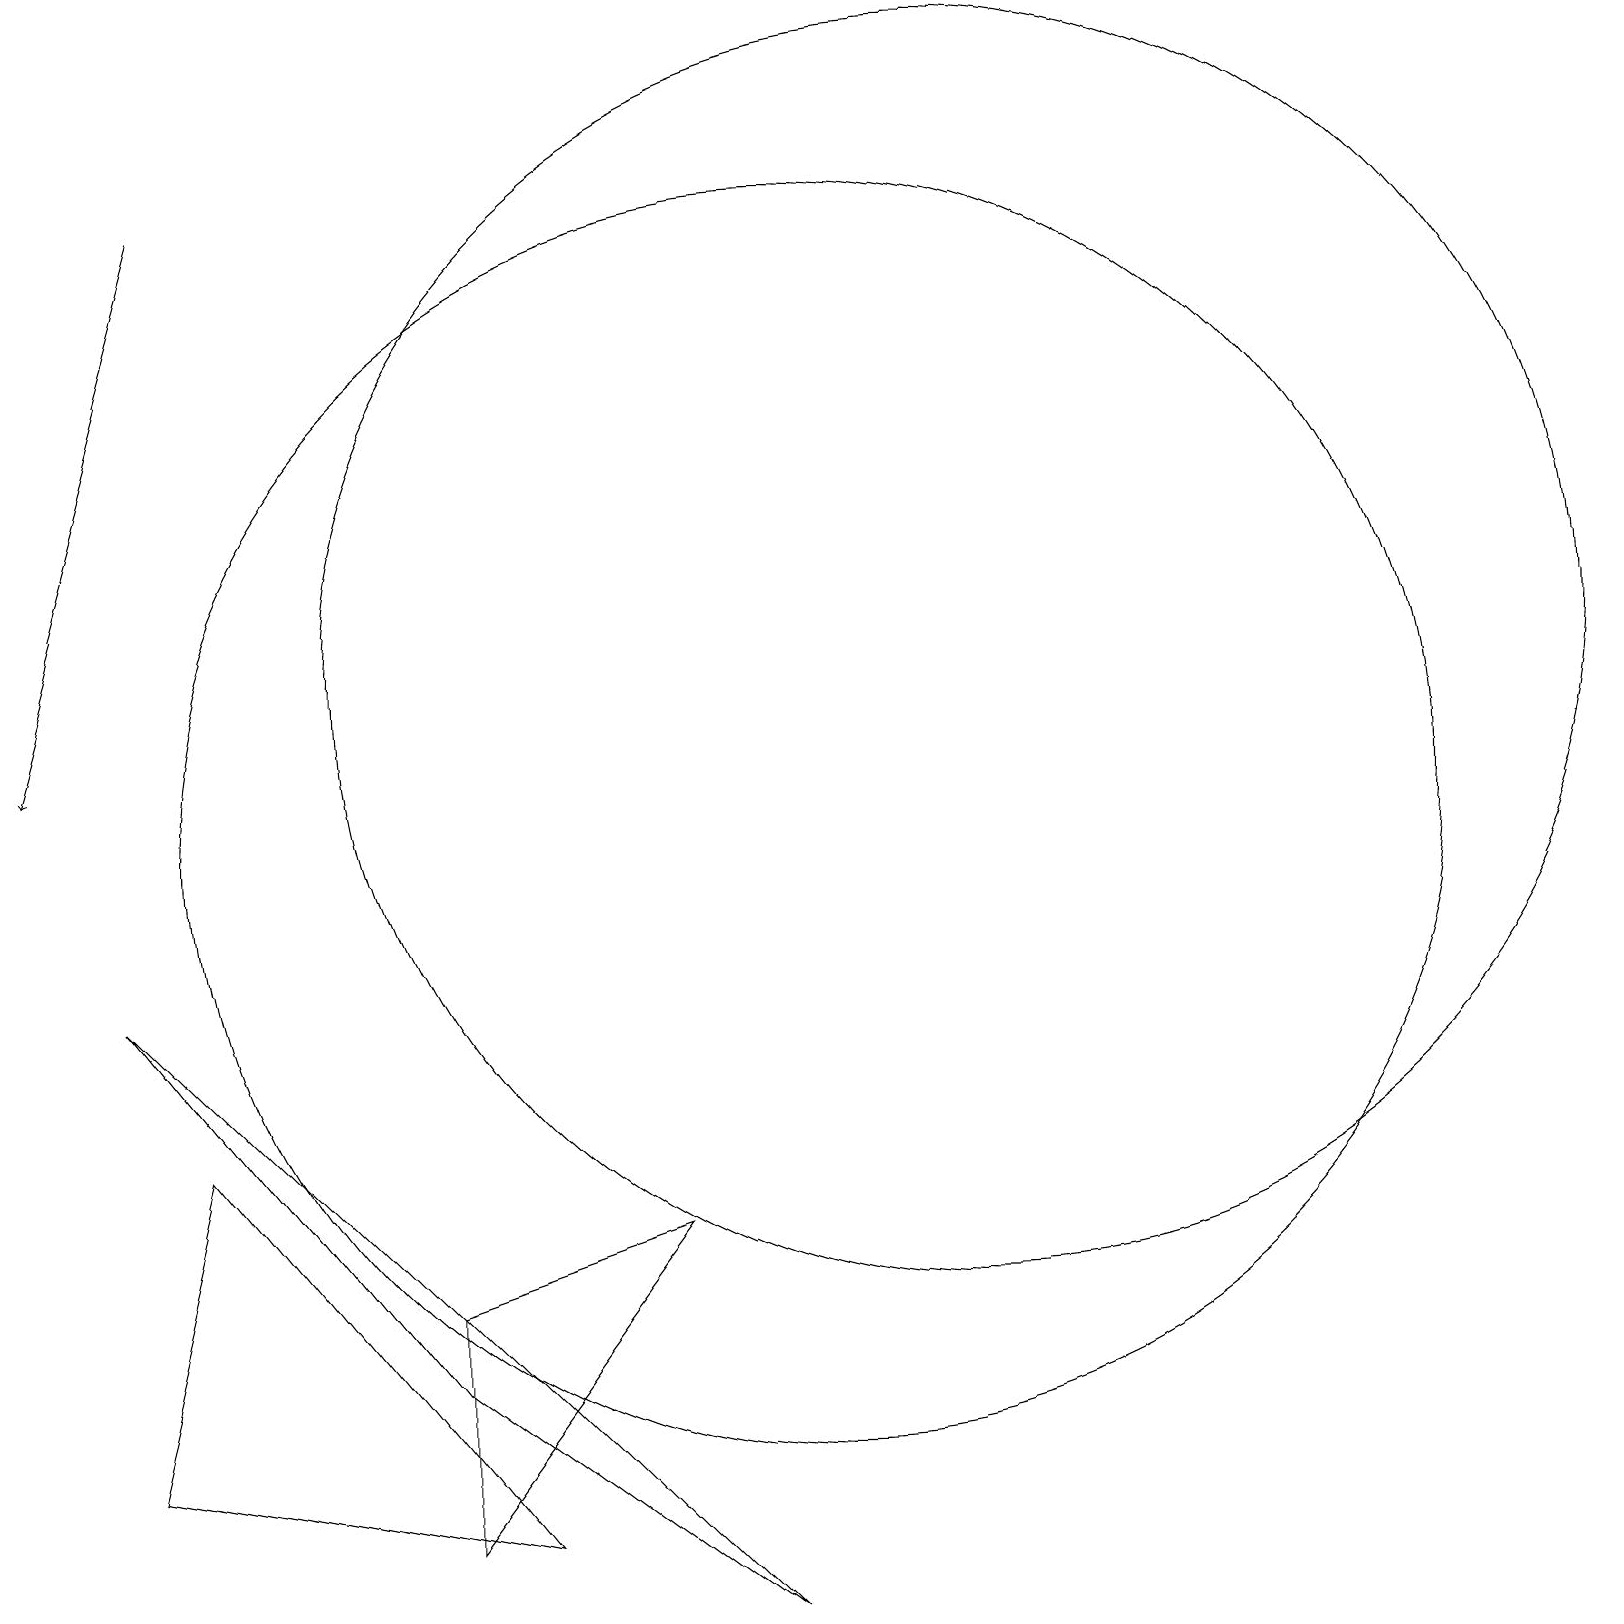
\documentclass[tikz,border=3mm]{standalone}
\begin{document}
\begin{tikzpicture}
\draw[->] (2,18) -- (0,11);
\draw (10,10) circle (8);
\draw (12,12) circle (8);
\draw (6,1) -- (1,2) -- (2,6) -- cycle;
\draw (8,5) -- (5,4) -- (5,1) -- cycle;
\draw (5,3) -- (9,0) -- (1,8) -- cycle;
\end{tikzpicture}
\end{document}